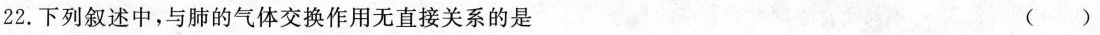
22.下列叙述中，与肺的气体交换作用无直接关系的是 ()